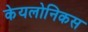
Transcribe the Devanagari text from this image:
केयलोनिकस